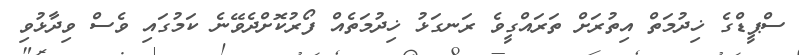
ސްޕީޑްގެ ޚިދުމަތް އިތުރަށް ތަރައްގީވެ ރަނގަޅު ޚިދުމަތެއް ފޯރުކޮށްދެވޭނެ ކަމުގައި ވެސް ވިދާޅުވި